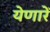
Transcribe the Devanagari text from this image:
येणारें